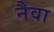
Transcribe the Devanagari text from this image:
नैवा